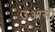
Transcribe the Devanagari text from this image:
उआसी